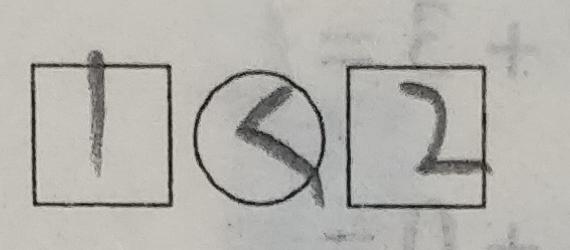
\boxed { 1 } \textcircled { < } \boxed { 2 }